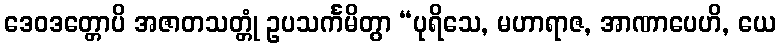
ဒေဝဒတ္တောပိ အဇာတသတ္တုံ ဥပသင်္ကမိတွာ “ပုရိသေ, မဟာရာဇ, အာဏာပေဟိ, ယေ